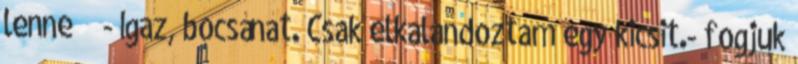
lenne - Igaz, bocsánat. Csak elkalandoztam egy kicsit.- fogjuk